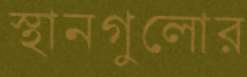
স্থানগুলোর